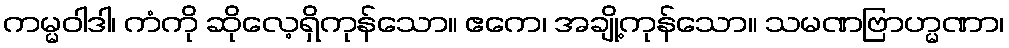
ကမ္မဝါဒါ၊ ကံကို ဆိုလေ့ရှိကုန်သော။ ဧကေ၊ အချို့ကုန်သော။ သမဏဗြာဟ္မဏာ၊